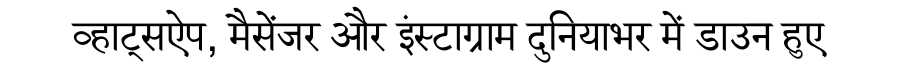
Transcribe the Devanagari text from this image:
व्हाट्सऐप, मैसेंजर और इंस्टाग्राम दुनियाभर में डाउन हुए